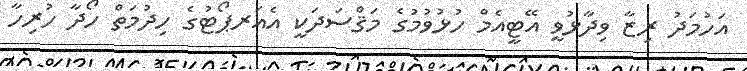
އަހުމަދު ރިޒާ ވިދާޅުވީ އޭޓީއެމް ހުޅުވުމުގެ މަޤްސަދަކީ އެއަރޕޯޓުގެ ހިދުމަތް ހޯދާ ހުރިހާ